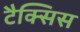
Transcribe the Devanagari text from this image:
टैक्सिस